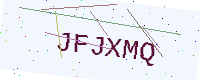
Text: JFJXMQ